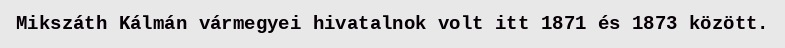
Mikszáth Kálmán vármegyei hivatalnok volt itt 1871 és 1873 között.